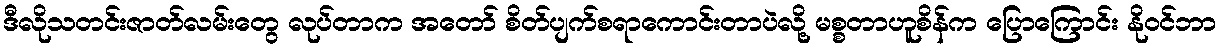
ဒီလိုသတင်းဇာတ်လမ်းတွေ လုပ်တာက အတော် စိတ်ပျက်စရာကောင်းတာပဲလို့ မစ္စတာဟူစိန်က ပြောကြောင်း နိုဝင်ဘာ